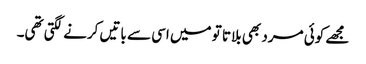
مجھے کوئی مرد بھی بلاتا تو میں اسی سے باتیں کرنے لگتی تھی۔